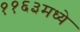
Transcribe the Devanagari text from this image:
११६३मध्ये